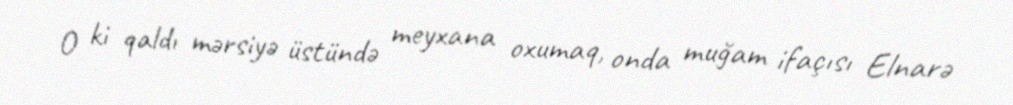
O ki qaldı mərsiyə üstündə meyxana oxumaq, onda muğam ifaçısı Elnarə